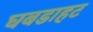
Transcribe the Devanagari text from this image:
घबडाहट